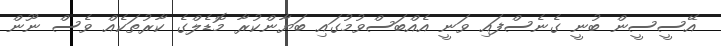
އޭސީސީން ބުނީ ގެނެސްފައި ވަނީ އެއްބަސްވުމުގައި ބަޔާންކުރާ މޮޑެލްގެ ކާރުތަކެއް ވެސް ނޫން